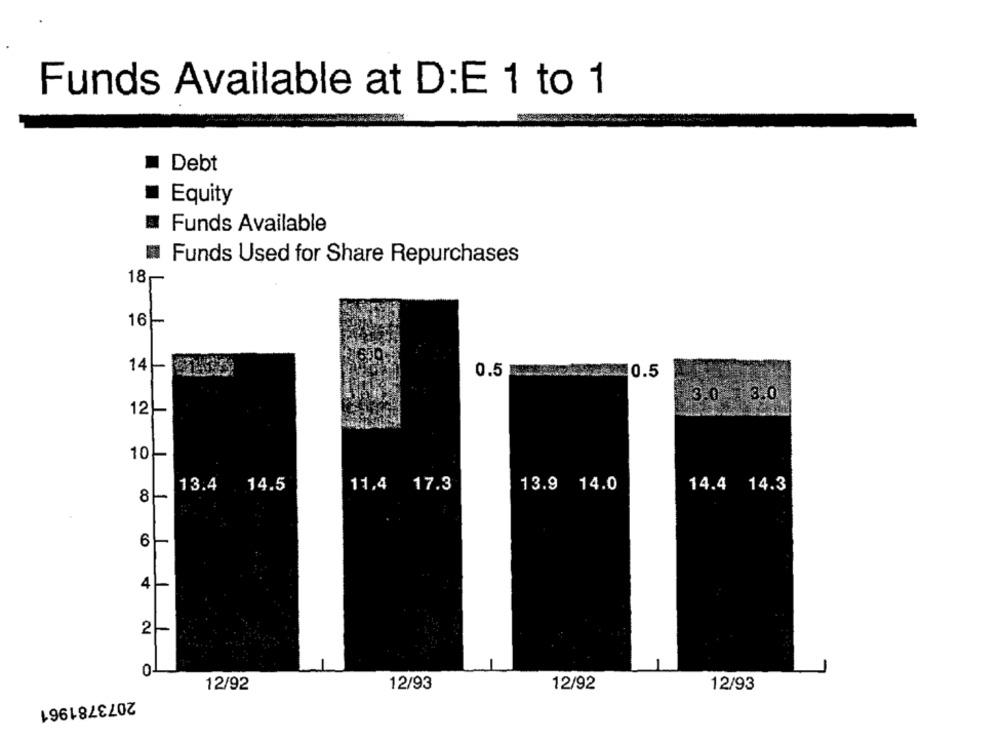
Funds Available at D:E 1 to 1
Debt
Equity
Funds Available
Funds Used for Share Repurchases
18
16 --
14-
0.5
_0.5
3.0 3.0
13.4 14.5
11,4 17.3
13.9 14.0
14.4 14.3
8
4
2
0
12/92
12/93
12/92
12/93
2073781961